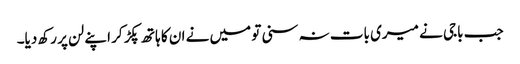
جب باجی نے میری بات نہ سنی تو میں نے ان کا ہاتھ پکڑ کر اپنے لن پر رکھ دیا۔